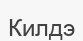
Килдэ